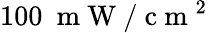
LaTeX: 100~\mathrm{~m~W~}/\mathrm{~c~m~}^{2}